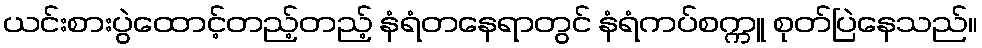
ယင်းစားပွဲထောင့်တည့်တည့် နံရံတနေရာတွင် နံရံကပ်စက္ကူ စုတ်ပြဲနေသည်။